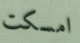
امسكت